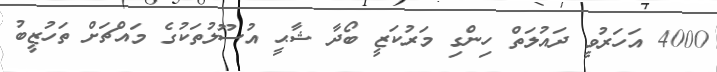
4000 އަހަރުވީ ދައުލަތް ހިންގި މަރުކަޒީ ބޯދާ ޝާޙީ އުސޫލުތަކުގެ މައްޗަށް ތަހުޒީބު